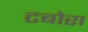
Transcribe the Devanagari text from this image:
टबोरा